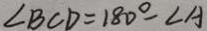
\angle B C D = 1 8 0 ^ { \circ } - \angle A